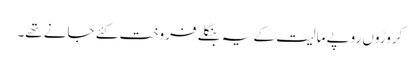
کروڑوں روپے مالیت کے یہ بنگلے فروخت کئے جانے تھے۔